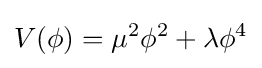
V(\phi )=\mu ^{2}\phi ^{2}+\lambda \phi ^{4}